Kallis,_Oskar, lk 12
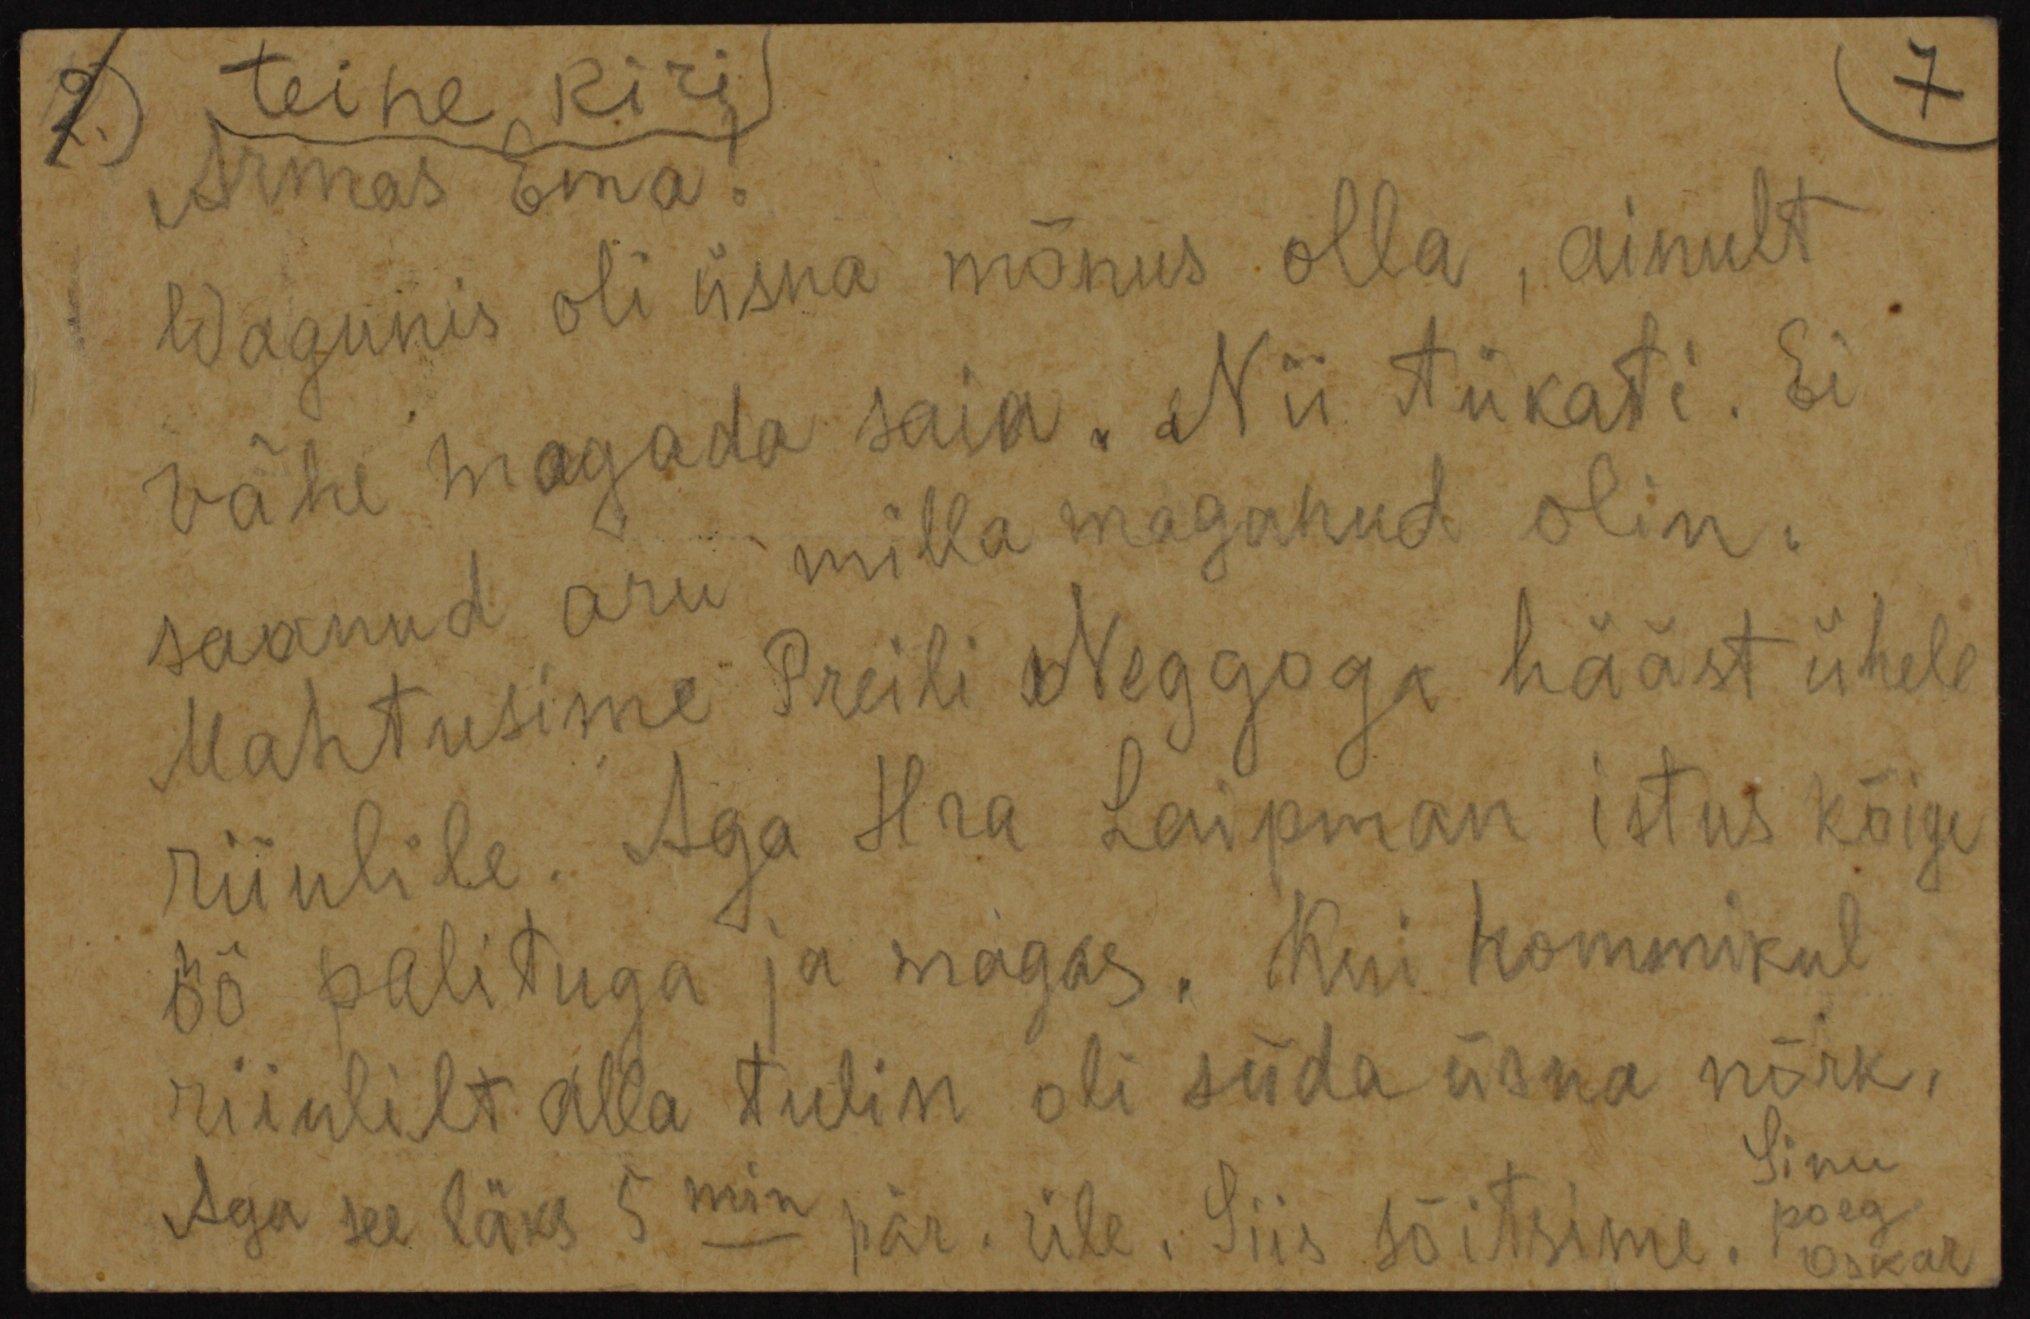
2.) teine kiri
Armas Ema:
Wagunis oli üsna mõnus olla, ainult
vähe magada saia. Nii tükati. Ei
saanud aru milla maganud olin.
Mahtusime Preili Neggoga hääst ühele
riiulile. Aga Hra Laipman istus kõige
öö palituga ja magas. Mui hommikul
riiulilt alla tulin oli süda üsna nõrk,
Aga see läks 5 min pär. üle. Siis sõitsime, poeg
Sinu
poeg
Oskar